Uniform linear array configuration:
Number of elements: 12
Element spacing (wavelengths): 1
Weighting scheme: uniform
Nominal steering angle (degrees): -30
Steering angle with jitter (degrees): -29.184
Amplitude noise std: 0.05
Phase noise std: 0.05

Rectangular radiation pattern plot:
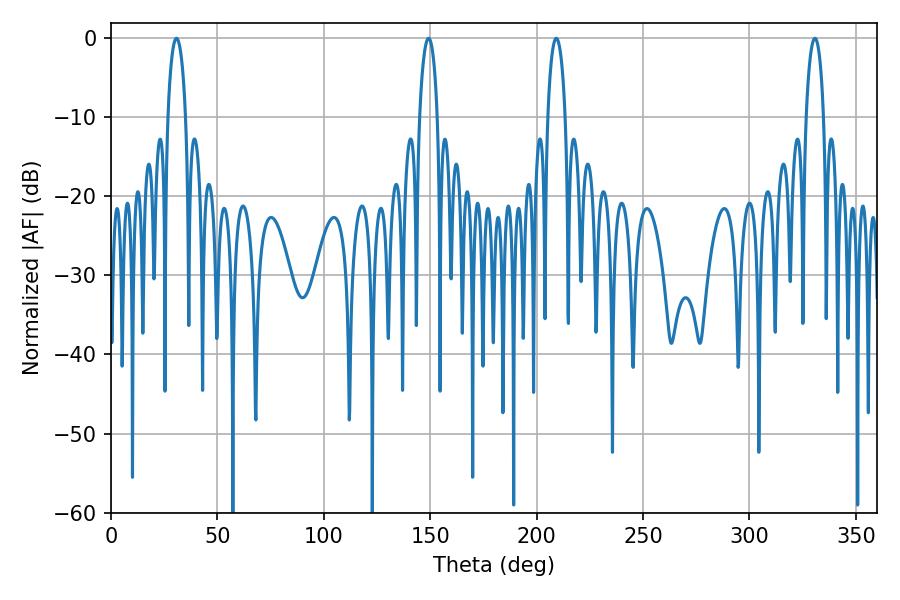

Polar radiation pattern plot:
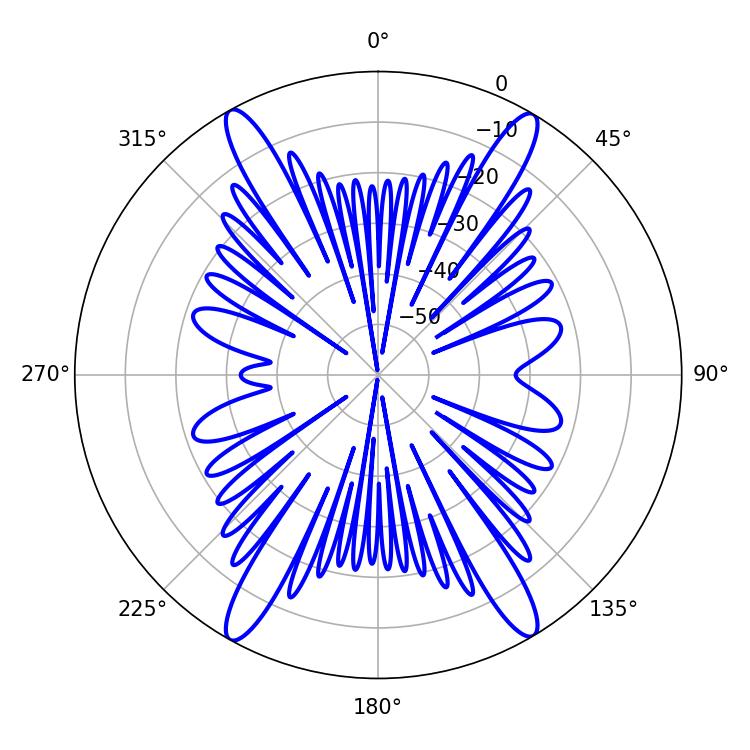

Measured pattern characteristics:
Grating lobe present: TRUE
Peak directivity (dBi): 26.119
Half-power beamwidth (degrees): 4.68
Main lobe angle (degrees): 30.78